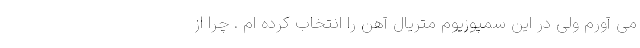
می آورم ولی در این سمپوزیوم متریال آهن را انتخاب کرده ام . چرا از